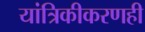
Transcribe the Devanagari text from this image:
यांत्रिकीकरणही